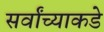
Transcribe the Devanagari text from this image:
सर्वांच्याकडे